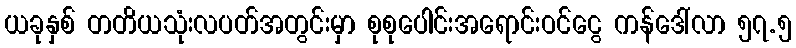
ယခုနှစ် တတိယသုံးလပတ်အတွင်းမှာ စုစုပေါင်းအရောင်းဝင်ငွေ ကန်ဒေါ်လာ ၅၇.၅